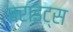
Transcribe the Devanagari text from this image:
ब्राइट्स